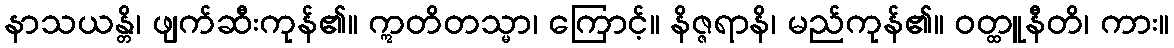
နာသယန္တိ၊ ဖျက်ဆီးကုန်၏။ ဣတိတသ္မာ၊ ကြောင့်။ နိဇ္ဇရာနိ၊ မည်ကုန်၏။ ဝတ္ထူနီတိ၊ ကား။